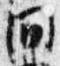
間